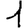
Digit: 1